Rangoon Lunatic Asylum 1878-1892 - 1878-1892
Year: 1878
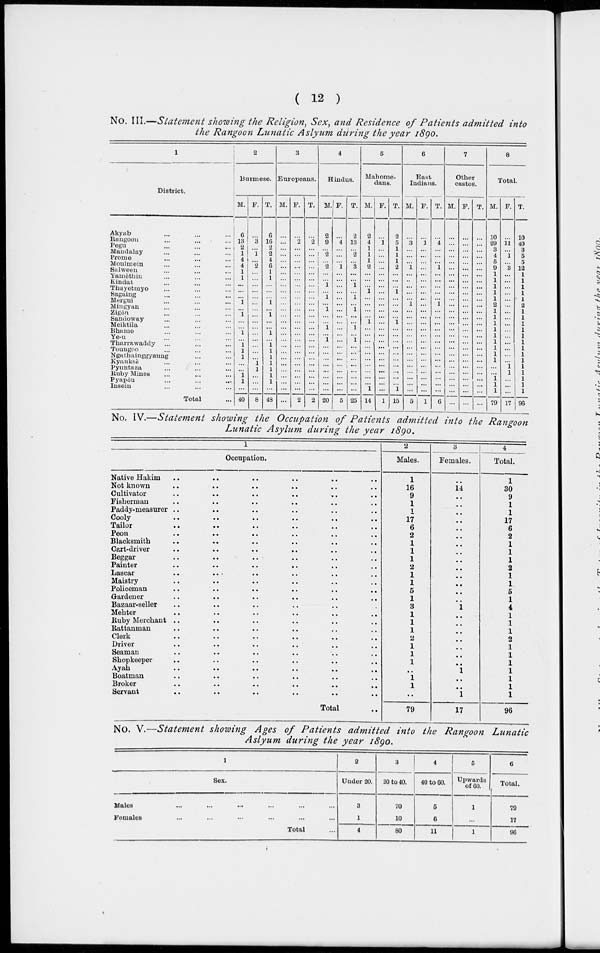
( 12 )
No. III.—Statement showing the Religion, Sex, and Residence of Patients admitted into
the Rangoon Lunatic Aslyum during the year 1890.
1
District.
Akyab ... ... ...
Rangoon ... ... ...
Pegu ... ... ...
Mandalay ... ... ...
Prome ... ... ...
Moulmein ... ... ...
Salween ... ... ...
Yamèthin ... ... ...
Kindat ... ... ...
Thayetmyo ... ... ...
Sagaing ... ... ...
Mergui ... ... ...
Mingyan ... ... ...
Zigôn ... ... ...
Sandoway ... ... ...
Meiktila ... ... ...
Bhamo ... ... ...
Ye-u ... ... ...
Tharrawaddy ... ... ...
Toungoo ... ... ...
Ngathainggyaung ... ...
Kyauksè ... ... ...
Pyuntaza ... ... ...
Ruby Mines ... ... ...
Pyapôu ... ... ...
Insein ... ... ...
Total ...
2
Burmese.
M.
6
13
2
1
4
4
1
1
...
...
...
1
...
1
...
...
1
...
1
1
1
...
...
1
1
...
40
F.
...
3
...
1
...
2
...
...
...
...
...
...
...
...
...
...
...
...
...
...
...
1 1
...
...
...
8
T.
6
16
2
2
4
6
1
1
...
...
...
1
...
1
...
...
1
...
1
1
1
1
1
1
1
...
48
3
Europeans.
M.
...
...
...
...
...
...
...
...
...
...
...
...
...
...
...
...
...
...
...
...
...
...
...
...
...
...
...
F.
...
2
...
...
...
...
...
...
...
...
...
...
...
...
...
...
...
...
...
...
...
...
...
...
...
...
2
T.
...
2
...
...
...
...
...
...
...
...
...
...
...
...
...
...
...
...
...
...
...
...
...
...
...
...
2
4
Hindus.
M.
2
9
...
2
...
2
...
...
1
...
1
...
1
...
...
1
...
1
...
...
...
...
...
...
...
...
20
F.
...
4
...
...
...
1
...
...
...
...
...
...
...
...
...
...
...
...
...
...
...
...
...
...
...
...
5
T.
2
13
...
2
...
3
...
...
1
...
1
...
1
...
...
1
...
1
...
...
1
...
...
...
...
...
25
5
Mabome-
dans.
M.
2
4
1
1
1
2
...
...
...
1
...
...
...
...
1
...
...
...
...
...
...
...
...
...
...
1
14
F.
...
1
...
...
...
...
...
...
...
...
...
...
...
...
...
...
...
...
...
...
...
...
...
...
...
...
1
T.
2
5
1
1
1
2
...
...
...
1
...
...
...
...
1
...
...
...
...
...
...
...
...
...
...
1
15
6
East
Indians.
M.
...
3
...
...
...
1
...
...
...
...
...
1
...
...
...
...
...
...
...
...
...
...
...
...
...
...
5
F.
...
1
...
...
...
...
...
...
...
...
...
...
...
...
...
...
...
...
...
...
...
...
...
... ...
...
1
T.
...
4
...
...
...
1
...
...
...
...
...
1
...
...
...
...
...
...
...
...
...
...
...
...
...
...
6
7
Other
castes.
M.
...
...
...
...
...
...
...
...
...
...
...
...
...
...
...
...
...
...
...
...
...
...
...
...
...
...
...
F.
...
...
...
...
...
...
...
...
...
...
...
...
...
...
...
...
...
...
...
...
...
...
...
...
...
...
...
T.
...
...
...
...
...
...
...
...
...
...
...
...
...
...
...
...
...
...
...
...
...
...
...
...
... ...
...
8
Total.
M.
10
29
3
4
5
9
1
1
1
1
1
2
1
1
1
1
1
1
1
1
1
...
...
1
1
1
79
F.
...
11 ...
1
...
3
...
...
...
...
...
...
...
...
...
...
...
...
...
...
...
1
1
...
...
...
17
T.
10
40
3
5
5
12
...
1
1
1
1
2
1
1
1
1
1
1
1
1
1
1
1
1
1
1
96
No. IV.—Statement showing the Occupation of Patients admitted into the Rangoon
Lunatic Asylum during the year 1890.
1
Occupation.
Native Hakim .. .. .. .. .. ..
Not known .. .. .. .. .. ..
Cultivator .. .. .. .. .. ..
Fisherman .. .. .. .. .. ..
Paddy-measurer .. .. .. .. .. ..
Cooly
..
..
..
.. .. ..
Tailor .. .. .. .. .. ..
Peon
..
..
..
..
..
..
Blacksmith .. .. .. .. .. ..
Cart-driver .. .. .. .. .. ..
Beggar .. .. .. .. .. ..
Painter .. .. .. .. .. ..
Lascar
.. .. .. .. .. ..
Maistry .. .. .. .. .. ..
Policeman
..
..
..
..
..
..
Gardener .. .. .. .. .. ..
Bazaar-seller .. .. .. .. .. ..
Mehter .. .. .. .. .. ..
Ruby Merchant .. .. .. .. .. ..
Rattanman .. .. .. .. .. ..
Clerk .. .. .. .. .. ..
Driver .. .. .. .. .. ..
Seaman .. .. .. .. .. ..
Shopkeeper
.. .. .. .. .. ..
Ayah
..
..
..
..
..
..
Boatman .. .. .. .. .. ..
Broker .. .. .. .. .. ..
Servant .. .. .. .. .. ..
Total ..
2
Males.
1
16
9
1
1
17
6
2
1
1
1
2
1
1
5
1
3
1
1
1
2
1
1
1
..
1
1
..
79
3
Females.
..
14
..
..
..
..
..
..
..
..
..
..
..
..
..
..
1
..
..
..
..
..
..
..
1
..
..
1
17
4
Total.
1
30
9
1
1
17
6
2
1
1
1
2
1
1
5
1
4
1
1
1
2
1
1
1
1
1
1
1
96
No. V.—Statement showing Ages of Patients admitted into the Rangoon Lunatic
Aslyum during the year 1890.
1
Sex.
Males ... ... ... ... ... ...
Females ... ... ... ... ... ...
Total ...
2
Under 20.
3
1
4
3
20 to 40.
70
10
80
4
40 to 60.
5
6
11
5
Upwards
of 60.
1
...
1
6
Total.
79
17
96